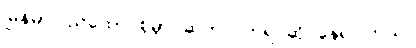
မြန်မာပြည်ထောင်စုမှာ ဆက်လက်ရင်ဆိုင်နေရပါတယ်။